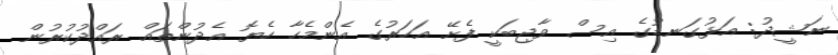
ނަޝީދު: އަޅުގަނޑުގެ އިސް ވާޖިބަކީ ފެށޭ އަހަރުގެ އެންމެހާ ހެޔޮ އެދުންތައް ރައްދުކުރުން